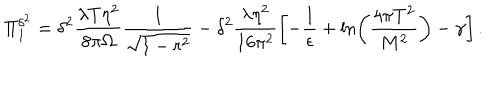
LaTeX: \Pi _ { 1 } ^ { \delta ^ { 2 } } = \delta ^ { 2 } \frac { \lambda T \eta ^ { 2 } } { 8 \pi \Omega } \frac { 1 } { \sqrt { 1 - r ^ { 2 } } } - \delta ^ { 2 } \frac { \lambda \eta ^ { 2 } } { 1 6 \pi ^ { 2 } } \left[ - \frac { 1 } { \epsilon } + \ln \left( \frac { 4 \pi T ^ { 2 } } { M ^ { 2 } } \right) - \gamma \right] .